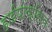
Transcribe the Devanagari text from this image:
हाईपोक्सिक